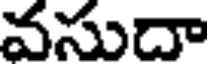
వసుదా